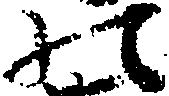
の